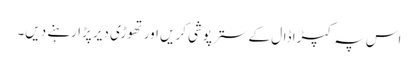
اس پہ کپڑا ڈال کے سترپوشی کریں اور تھوڑی دیر پڑا رہنے دیں۔